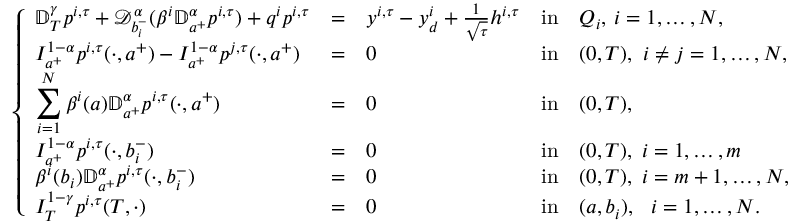
\left\{ \begin{array} { l l l l l l l l l l l l l l l l l } { \displaystyle \mathbb { D } _ { T } ^ { \gamma } p ^ { i , \tau } + \mathcal { D } _ { b _ { i } ^ { - } } ^ { \alpha } ( \beta ^ { i } \mathbb { D } _ { a ^ { + } } ^ { \alpha } p ^ { i , \tau } ) + q ^ { i } p ^ { i , \tau } } & { = } & { y ^ { i , \tau } - y _ { d } ^ { i } + \frac { 1 } { \sqrt { \tau } } h ^ { i , \tau } } & { \mathrm { i n } } & { Q _ { i } , \, i = 1 , \dots , N , } \\ { \displaystyle I _ { a ^ { + } } ^ { 1 - \alpha } p ^ { i , \tau } ( \cdot , a ^ { + } ) - I _ { a ^ { + } } ^ { 1 - \alpha } p ^ { j , \tau } ( \cdot , a ^ { + } ) } & { = } & { 0 } & { \mathrm { i n } } & { ( 0 , T ) , ~ i \neq j = 1 , \dots , N , } \\ { \displaystyle \sum _ { i = 1 } ^ { N } \beta ^ { i } ( a ) \mathbb { D } _ { a ^ { + } } ^ { \alpha } p ^ { i , \tau } ( \cdot , a ^ { + } ) } & { = } & { 0 } & { \mathrm { i n } } & { ( 0 , T ) , } \\ { \displaystyle I _ { a ^ { + } } ^ { 1 - \alpha } p ^ { i , \tau } ( \cdot , b _ { i } ^ { - } ) } & { = } & { 0 } & { \mathrm { i n } } & { ( 0 , T ) , \; i = 1 , \dots , m } \\ { \displaystyle \beta ^ { i } ( b _ { i } ) \mathbb { D } _ { a ^ { + } } ^ { \alpha } p ^ { i , \tau } ( \cdot , b _ { i } ^ { - } ) } & { = } & { 0 } & { \mathrm { i n } } & { ( 0 , T ) , \; i = m + 1 , \dots , N , } \\ { \displaystyle I _ { T } ^ { 1 - \gamma } p ^ { i , \tau } ( T , \cdot ) } & { = } & { 0 } & { \mathrm { i n } } & { ( a , b _ { i } ) , ~ ~ i = 1 , \dots , N . } \end{array} \right.